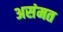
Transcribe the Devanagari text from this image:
असंमत